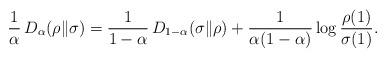
LaTeX: \begin{align*}{1\over\alpha}\,D_\alpha(\rho\|\sigma)={1\over1-\alpha}\,D_{1-\alpha}(\sigma\|\rho)+{1\over\alpha(1-\alpha)}\log{\rho(1)\over\sigma(1)}.\end{align*}